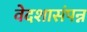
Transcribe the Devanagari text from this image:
वेदशासंपन्न